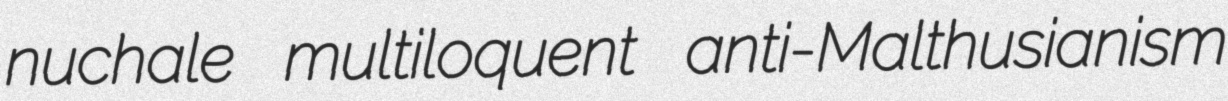
nuchale multiloquent anti-Malthusianism